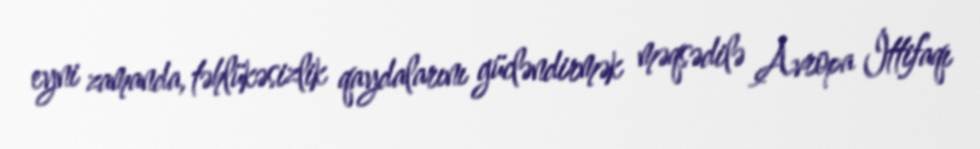
eyni zamanda, təhlükəsizlik qaydalarını gücləndirmək məqsədilə Avropa İttifaqı